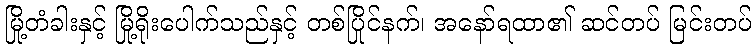
မြို့တံခါးနှင့် မြို့ရိုးပေါက်သည်နှင့် တစ်ပြိုင်နက်၊ အနော်ရထာ၏ ဆင်တပ် မြင်းတပ်